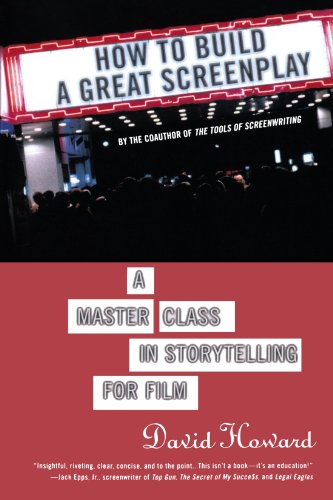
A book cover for How to Build a Great Screenplay: A Master Class in Storytelling for Film; David Howard; Humor & Entertainment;